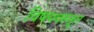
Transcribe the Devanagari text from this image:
विषयवस्तूत